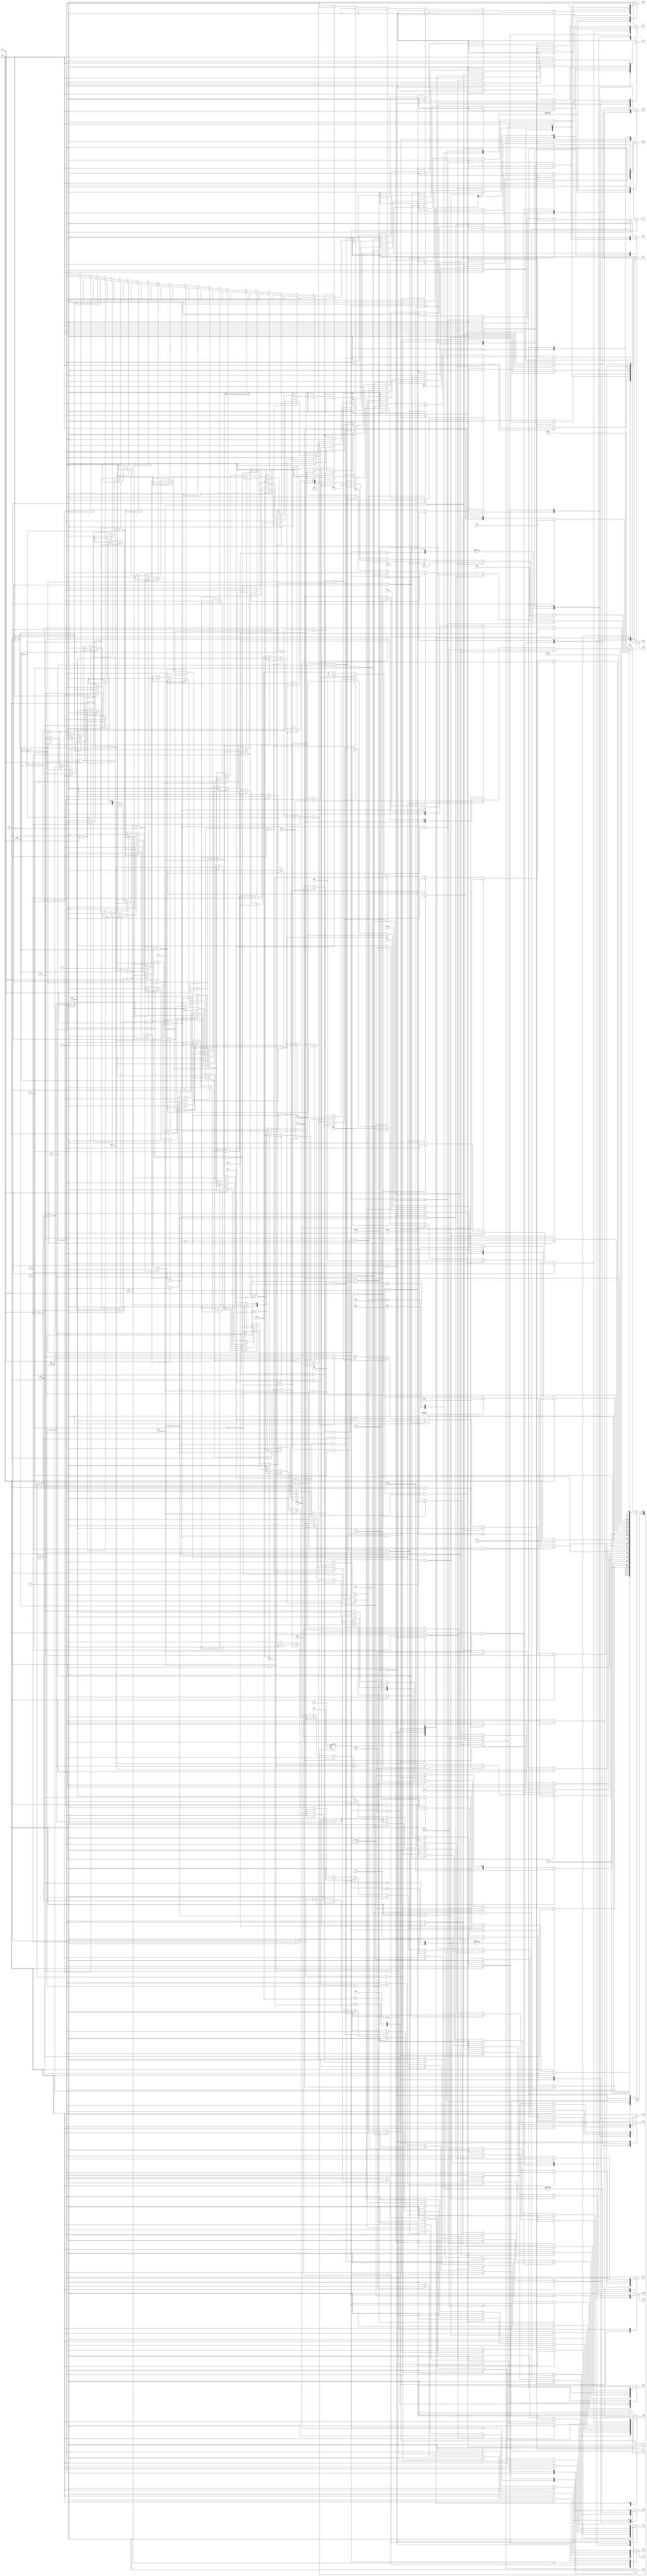
module lcu ( clk,rst,
	x1, x2, x3, x4, x5, x6, x7, x8, x9, x10, x11, x12, x13, x14, x15, keyinput0, 
	y1, y2, y3, y4, y5, y6, y7, y8, y9, y10, y11, y12, y13, y14, y15,
	y16, y17, y18, y19, y21, y22, y23, y24);

input clk, rst, x1, x2, x3, x4, x5, x6, x7, x8, x9, x10, x11, x12, x13, x14, x15, keyinput0;
output y1, y2, y3, y4, y5, y6, y7, y8, y9, y10, y11, y12, y13, y14, y15,
	y16, y17, y18, y19, y21, y22, y23, y24;
reg y1, y2, y3, y4, y5, y6, y7, y8, y9, y10, y11, y12, y13, y14, y15,
	y16, y17, y18, y19, y21, y22, y23, y24;

parameter s1=1, s2=2, s3=3, s4=4, s5=5, s6=6, s7=7, s8=8, s9=9, s10=10,	s11=11, s12=12, s13=13, s14=14, s15=15, s16=16, s17=17, s18=18, s19=19, s20=20,	s21=21, s22=22, s13_d=23;
integer pr_state;
integer nx_state;

always@ ( posedge rst or negedge clk )
begin
	if ( rst == 1'b1 )
		pr_state = s1;
	else
		pr_state = nx_state;
end

always@ ( pr_state or x1 or x2 or x3 or x4 or x5 or x6 or x7 or x8 or x9 or x10 or x11 or x12 or x13 or x14 or x15 or keyinput0)
	begin
			y1 = 1'b0;	y2 = 1'b0;	y3 = 1'b0;	y4 = 1'b0;	
			y5 = 1'b0;	y6 = 1'b0;	y7 = 1'b0;	y8 = 1'b0;	
			y9 = 1'b0;	y10 = 1'b0;	y11 = 1'b0;	y12 = 1'b0;	
			y13 = 1'b0;	y14 = 1'b0;	y15 = 1'b0;	y16 = 1'b0;	
			y17 = 1'b0;	y18 = 1'b0;	y19 = 1'b0;	y21 = 1'b0;	
			y22 = 1'b0;	y23 = 1'b0;	y24 = 1'b0;	
		case ( pr_state )
				s1 : if( x15 && x1 )
						begin
							y2 = 1'b1;	y3 = 1'b1;	
							nx_state = s2;
						end
					else if( x15 && ~x1 )
						begin
							y1 = 1'b1;	
							nx_state = s3;
						end
					else if( ~x15 )
						begin
							y1 = 1'b1;	
							nx_state = s3;
						end
					else nx_state = s1;
				s2 : if( x15 )
						begin
							y2 = 1'b1;	y4 = 1'b1;	
							nx_state = s4;
						end
					else if( ~x15 && x5 )
						begin
							y6 = 1'b1;	y8 = 1'b1;	
							nx_state = s5;
						end
					else if( ~x15 && ~x5 )
						begin
							y2 = 1'b1;	y4 = 1'b1;	
							nx_state = s4;
						end
					else nx_state = s2;
				s3 : if( x15 )
						begin
							y2 = 1'b1;	y4 = 1'b1;	
							nx_state = s4;
						end
					else if( ~x15 && x2 && x3 )
						begin
							y3 = 1'b1;	y4 = 1'b1;	y14 = 1'b1;	
							y15 = 1'b1;	
							nx_state = s6;
						end
					else if( ~x15 && x2 && ~x3 && x4 )
						begin
							y5 = 1'b1;	y7 = 1'b1;	
							nx_state = s7;
						end
					else if( ~x15 && x2 && ~x3 && ~x4 )
						begin
							y2 = 1'b1;	y3 = 1'b1;	
							nx_state = s2;
						end
					else if( ~x15 && ~x2 )
						nx_state = s3;
					else nx_state = s3;
				s4 : if( x15 )
						begin
							y10 = 1'b1;	
							nx_state = s8;
						end
					else if( ~x15 && x2 && x3 )
						begin
							y3 = 1'b1;	y4 = 1'b1;	y14 = 1'b1;	
							y15 = 1'b1;	
							nx_state = s6;
						end
					else if( ~x15 && x2 && ~x3 && x4 )
						begin
							y5 = 1'b1;	y7 = 1'b1;	
							nx_state = s7;
						end
					else if( ~x15 && x2 && ~x3 && ~x4 )
						begin
							y2 = 1'b1;	y3 = 1'b1;	
							nx_state = s2;
						end
					else if( ~x15 && ~x2 )
						nx_state = s4;
					else nx_state = s4;
				s5 : if( x15 )
						nx_state = s1;
					else if( ~x15 && x6 )
						begin
							y9 = 1'b1;	
							nx_state = s9;
						end
					else if( ~x15 && ~x6 )
						begin
							y10 = 1'b1;	
							nx_state = s8;
						end
					else nx_state = s5;
				s6 : if( x15 && x13 )
						begin
							y12 = 1'b1;	
							nx_state = s10;
						end
					else if( x15 && ~x13 )
						begin
							y16 = 1'b1;	
							nx_state = s11;
						end
					else if( ~x15 && x12 )
						begin
							y16 = 1'b1;	
							nx_state = s11;
						end
					else if( ~x15 && ~x12 )
						nx_state = s6;
					else nx_state = s6;
				s7 : if( x15 )
						begin
							y6 = 1'b1;	y8 = 1'b1;	
							nx_state = s5;
						end
					else if( ~x15 && x6 )
						begin
							y9 = 1'b1;	
							nx_state = s9;
						end
					else if( ~x15 && ~x6 )
						begin
							y10 = 1'b1;	
							nx_state = s8;
						end
					else nx_state = s7;
				s8 : if( x15 )
						begin
							y9 = 1'b1;	
							nx_state = s9;
						end
					else if( ~x15 && x8 )
						begin
							y12 = 1'b1;	
							nx_state = s10;
						end
					else if( ~x15 && ~x8 && x9 )
						begin
							y12 = 1'b1;	
							nx_state = s10;
						end
					else if( ~x15 && ~x8 && ~x9 && x10 && x6 )
						begin
							y9 = 1'b1;	
							nx_state = s9;
						end
					else if( ~x15 && ~x8 && ~x9 && x10 && ~x6 )
						begin
							y10 = 1'b1;	
							nx_state = s8;
						end
					else if( ~x15 && ~x8 && ~x9 && ~x10 && x11 )
						begin
							y6 = 1'b1;	
							nx_state = s12;
						end
					else if( ~x15 && ~x8 && ~x9 && ~x10 && ~x11 )
						nx_state = s8;
					else nx_state = s8;
				s9 : if( x15 && x2 && x3 && x11 )
						begin
							y13 = 1'b1;	y17 = 1'b1;	y21 = 1'b1;	
							if( keyinput0 ) nx_state = s13;
							else nx_state = s13_d;
						end
					else if( x15 && x2 && x3 && ~x11 && x4 && x12 && x13 )
						begin
							y11 = 1'b1;	y13 = 1'b1;	
							nx_state = s14;
						end
					else if( x15 && x2 && x3 && ~x11 && x4 && x12 && ~x13 )
						nx_state = s9;
					else if( x15 && x2 && x3 && ~x11 && x4 && ~x12 )
						nx_state = s9;
					else if( x15 && x2 && x3 && ~x11 && ~x4 )
						nx_state = s9;
					else if( x15 && x2 && ~x3 && x4 && x11 )
						begin
							y9 = 1'b1;	y12 = 1'b1;	y14 = 1'b1;	
							nx_state = s15;
						end
					else if( x15 && x2 && ~x3 && x4 && ~x11 && x12 && x13 && x14 )
						begin
							y3 = 1'b1;	y22 = 1'b1;	y23 = 1'b1;	
							nx_state = s16;
						end
					else if( x15 && x2 && ~x3 && x4 && ~x11 && x12 && x13 && ~x14 )
						begin
							y3 = 1'b1;	y4 = 1'b1;	y14 = 1'b1;	
							y15 = 1'b1;	
							nx_state = s6;
						end
					else if( x15 && x2 && ~x3 && x4 && ~x11 && x12 && ~x13 )
						begin
							y3 = 1'b1;	
							nx_state = s17;
						end
					else if( x15 && x2 && ~x3 && x4 && ~x11 && ~x12 )
						begin
							y14 = 1'b1;	y15 = 1'b1;	
							nx_state = s18;
						end
					else if( x15 && x2 && ~x3 && ~x4 && x5 && x6 )
						begin
							y6 = 1'b1;	
							nx_state = s12;
						end
					else if( x15 && x2 && ~x3 && ~x4 && x5 && ~x6 && x7 && x8 )
						begin
							y6 = 1'b1;	
							nx_state = s12;
						end
					else if( x15 && x2 && ~x3 && ~x4 && x5 && ~x6 && x7 && ~x8 )
						begin
							y6 = 1'b1;	y8 = 1'b1;	
							nx_state = s5;
						end
					else if( x15 && x2 && ~x3 && ~x4 && x5 && ~x6 && ~x7 && x8 )
						begin
							y6 = 1'b1;	y8 = 1'b1;	
							nx_state = s5;
						end
					else if( x15 && x2 && ~x3 && ~x4 && x5 && ~x6 && ~x7 && ~x8 )
						begin
							y6 = 1'b1;	
							nx_state = s12;
						end
					else if( x15 && x2 && ~x3 && ~x4 && ~x5 && x6 && x7 && x9 )
						begin
							y6 = 1'b1;	
							nx_state = s12;
						end
					else if( x15 && x2 && ~x3 && ~x4 && ~x5 && x6 && x7 && ~x9 )
						begin
							y6 = 1'b1;	y8 = 1'b1;	
							nx_state = s5;
						end
					else if( x15 && x2 && ~x3 && ~x4 && ~x5 && x6 && ~x7 && x9 )
						begin
							y6 = 1'b1;	y8 = 1'b1;	
							nx_state = s5;
						end
					else if( x15 && x2 && ~x3 && ~x4 && ~x5 && x6 && ~x7 && ~x9 )
						begin
							y6 = 1'b1;	
							nx_state = s12;
						end
					else if( x15 && x2 && ~x3 && ~x4 && ~x5 && ~x6 && x7 && x10 )
						begin
							y6 = 1'b1;	
							nx_state = s12;
						end
					else if( x15 && x2 && ~x3 && ~x4 && ~x5 && ~x6 && x7 && ~x10 )
						begin
							y6 = 1'b1;	y8 = 1'b1;	
							nx_state = s5;
						end
					else if( x15 && x2 && ~x3 && ~x4 && ~x5 && ~x6 && ~x7 && x10 )
						begin
							y6 = 1'b1;	y8 = 1'b1;	
							nx_state = s5;
						end
					else if( x15 && x2 && ~x3 && ~x4 && ~x5 && ~x6 && ~x7 && ~x10 )
						begin
							y6 = 1'b1;	
							nx_state = s12;
						end
					else if( x15 && ~x2 )
						nx_state = s9;
					else if( ~x15 && x7 )
						begin
							y12 = 1'b1;	
							nx_state = s10;
						end
					else if( ~x15 && ~x7 && x9 )
						begin
							y12 = 1'b1;	
							nx_state = s10;
						end
					else if( ~x15 && ~x7 && ~x9 && x10 && x6 )
						begin
							y9 = 1'b1;	
							nx_state = s9;
						end
					else if( ~x15 && ~x7 && ~x9 && x10 && ~x6 )
						begin
							y10 = 1'b1;	
							nx_state = s8;
						end
					else if( ~x15 && ~x7 && ~x9 && ~x10 && x11 )
						begin
							y6 = 1'b1;	
							nx_state = s12;
						end
					else if( ~x15 && ~x7 && ~x9 && ~x10 && ~x11 )
						nx_state = s9;
					else nx_state = s9;
				s10 : if( x15 )
						nx_state = s1;
					else if( ~x15 && x11 )
						begin
							y6 = 1'b1;	
							nx_state = s12;
						end
					else if( ~x15 && ~x11 && x10 )
						begin
							y11 = 1'b1;	y13 = 1'b1;	
							nx_state = s14;
						end
					else if( ~x15 && ~x11 && ~x10 )
						nx_state = s10;
					else nx_state = s10;
				s11 : if( x15 )
						nx_state = s1;
					else if( ~x15 && x13 && x4 )
						begin
							y5 = 1'b1;	y7 = 1'b1;	
							nx_state = s7;
						end
					else if( ~x15 && x13 && ~x4 )
						begin
							y2 = 1'b1;	y3 = 1'b1;	
							nx_state = s2;
						end
					else if( ~x15 && ~x13 && x14 )
						begin
							y3 = 1'b1;	y4 = 1'b1;	y14 = 1'b1;	
							y15 = 1'b1;	
							nx_state = s6;
						end
					else if( ~x15 && ~x13 && ~x14 && x9 )
						begin
							y3 = 1'b1;	y4 = 1'b1;	y14 = 1'b1;	
							y15 = 1'b1;	
							nx_state = s6;
						end
					else if( ~x15 && ~x13 && ~x14 && ~x9 && x7 )
						begin
							y3 = 1'b1;	y4 = 1'b1;	y14 = 1'b1;	
							y15 = 1'b1;	
							nx_state = s6;
						end
					else if( ~x15 && ~x13 && ~x14 && ~x9 && ~x7 && x8 )
						begin
							y3 = 1'b1;	y4 = 1'b1;	y14 = 1'b1;	
							y15 = 1'b1;	
							nx_state = s6;
						end
					else if( ~x15 && ~x13 && ~x14 && ~x9 && ~x7 && ~x8 )
						nx_state = s11;
					else nx_state = s11;
				s12 : if( x15 )
						begin
							y5 = 1'b1;	y7 = 1'b1;	
							nx_state = s7;
						end
					else if( ~x15 )
						nx_state = s1;
					else nx_state = s12;
				s13 : if( 1'b1 )
						begin
							y9 = 1'b1;	y12 = 1'b1;	y14 = 1'b1;	
							nx_state = s15;
						end
					else nx_state = s13;
				s13_d : if( 1'b1 )
						begin
							y9 = 1'b1;	y12 = 1'b1;	y14 = 1'b1;	
							nx_state = s15;
						end
					else nx_state = s13_d;
				s14 : if( x12 && x15 && x13 && x3 )
						begin
							y3 = 1'b1;	y22 = 1'b1;	y23 = 1'b1;	
							nx_state = s16;
						end
					else if( x12 && x15 && x13 && ~x3 && x14 )
						begin
							y3 = 1'b1;	y22 = 1'b1;	y23 = 1'b1;	
							nx_state = s16;
						end
					else if( x12 && x15 && x13 && ~x3 && ~x14 )
						begin
							y3 = 1'b1;	y4 = 1'b1;	y14 = 1'b1;	
							y15 = 1'b1;	
							nx_state = s6;
						end
					else if( x12 && x15 && ~x13 )
						begin
							y3 = 1'b1;	
							nx_state = s17;
						end
					else if( x12 && ~x15 )
						begin
							y14 = 1'b1;	y15 = 1'b1;	
							nx_state = s18;
						end
					else if( ~x12 )
						begin
							y14 = 1'b1;	y15 = 1'b1;	
							nx_state = s18;
						end
					else nx_state = s14;
				s15 : if( 1'b1 )
						begin
							y17 = 1'b1;	y18 = 1'b1;	y19 = 1'b1;	
							nx_state = s1;
						end
					else nx_state = s15;
				s16 : if( 1'b1 )
						begin
							y11 = 1'b1;	y24 = 1'b1;	
							nx_state = s19;
						end
					else nx_state = s16;
				s17 : if( x15 && x14 )
						begin
							y4 = 1'b1;	
							nx_state = s20;
						end
					else if( x15 && ~x14 )
						begin
							y3 = 1'b1;	y4 = 1'b1;	y14 = 1'b1;	
							y15 = 1'b1;	
							nx_state = s6;
						end
					else if( ~x15 && x12 )
						begin
							y16 = 1'b1;	
							nx_state = s21;
						end
					else if( ~x15 && ~x12 )
						nx_state = s17;
					else nx_state = s17;
				s18 : if( x15 )
						begin
							y16 = 1'b1;	
							nx_state = s21;
						end
					else if( ~x15 && x6 )
						begin
							y4 = 1'b1;	
							nx_state = s20;
						end
					else if( ~x15 && ~x6 )
						begin
							y3 = 1'b1;	
							nx_state = s17;
						end
					else nx_state = s18;
				s19 : if( 1'b1 )
						begin
							y12 = 1'b1;	y14 = 1'b1;	
							nx_state = s22;
						end
					else nx_state = s19;
				s20 : if( x15 )
						begin
							y11 = 1'b1;	y24 = 1'b1;	
							nx_state = s19;
						end
					else if( ~x15 && x12 )
						begin
							y16 = 1'b1;	
							nx_state = s21;
						end
					else if( ~x15 && ~x12 )
						nx_state = s20;
					else nx_state = s20;
				s21 : if( x15 )
						nx_state = s1;
					else if( ~x15 && x13 && x11 )
						begin
							y6 = 1'b1;	
							nx_state = s12;
						end
					else if( ~x15 && x13 && ~x11 && x6 && x4 )
						begin
							y5 = 1'b1;	y7 = 1'b1;	
							nx_state = s7;
						end
					else if( ~x15 && x13 && ~x11 && x6 && ~x4 )
						begin
							y2 = 1'b1;	y3 = 1'b1;	
							nx_state = s2;
						end
					else if( ~x15 && x13 && ~x11 && ~x6 && x5 )
						begin
							y6 = 1'b1;	y8 = 1'b1;	
							nx_state = s5;
						end
					else if( ~x15 && x13 && ~x11 && ~x6 && ~x5 )
						begin
							y2 = 1'b1;	y4 = 1'b1;	
							nx_state = s4;
						end
					else if( ~x15 && ~x13 && x14 )
						begin
							y14 = 1'b1;	y15 = 1'b1;	
							nx_state = s18;
						end
					else if( ~x15 && ~x13 && ~x14 && x9 )
						begin
							y14 = 1'b1;	y15 = 1'b1;	
							nx_state = s18;
						end
					else if( ~x15 && ~x13 && ~x14 && ~x9 && x6 && x2 )
						begin
							y14 = 1'b1;	y15 = 1'b1;	
							nx_state = s18;
						end
					else if( ~x15 && ~x13 && ~x14 && ~x9 && x6 && ~x2 )
						nx_state = s21;
					else if( ~x15 && ~x13 && ~x14 && ~x9 && ~x6 && x8 )
						begin
							y14 = 1'b1;	y15 = 1'b1;	
							nx_state = s18;
						end
					else if( ~x15 && ~x13 && ~x14 && ~x9 && ~x6 && ~x8 )
						nx_state = s21;
					else nx_state = s21;
				s22 : if( x14 && x13 )
						begin
							y17 = 1'b1;	y18 = 1'b1;	y19 = 1'b1;	
							nx_state = s1;
						end
					else if( x14 && ~x13 )
						begin
							y16 = 1'b1;	
							nx_state = s21;
						end
					else if( ~x14 )
						begin
							y12 = 1'b1;	
							nx_state = s10;
						end
					else nx_state = s22;

			default : nx_state = 0;
		endcase
	end
endmodule